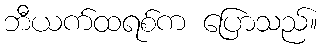
ဘီယက်ထရစ်က ပြောသည်။